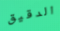
الدقيق